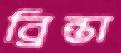
ব্রিন্তা